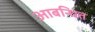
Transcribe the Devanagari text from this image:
आबन्धित